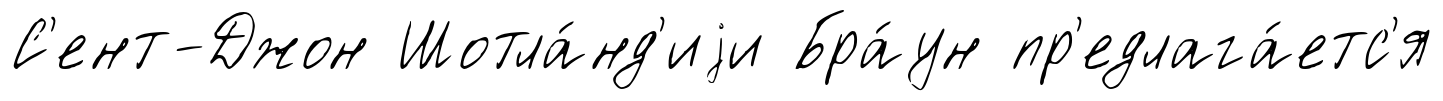
С'ент-Джон Шотла́нд'иjи Бра́ун пр'едлага́етс'я